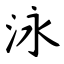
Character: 泳